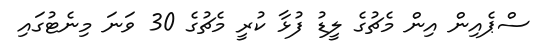
ސްޕެއިން އިން މެޗުގެ ލީޑު ފުޅާ ކުރީ މެޗުގެ 30 ވަނަ މިނެޓުގައި